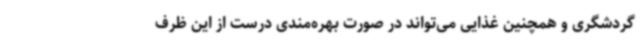
گردشگری و همچنین غذایی می‌تواند در صورت بهره‌مندی درست از این ظرف